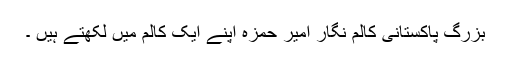
بزرگ پاکستانی کالم نگار امیر حمزہ اپنے ایک کالم میں لکھتے ہیں ۔